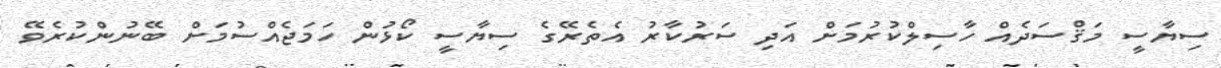
ސިޔާސީ މަަޤްސަދެއް ހާސިލްކުރުމަށް އަދި ސަރުކާރު އެތެރޭގެ ސިޔާސީ ކޯޅުން ހަމަޖެއްސުމަށް ބޭނުންކުރެވޭ